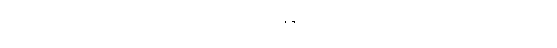
ဖြစ်သောအားဖြင့် အထူးထူးသော သဘောရှိကုန်သောတစ်ခုယုတ်ကိုးဆယ်သော ဝိညာဉ်၏ဖြစ်ခြင်း။ တစ်ခုသော